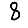
Digit: 8